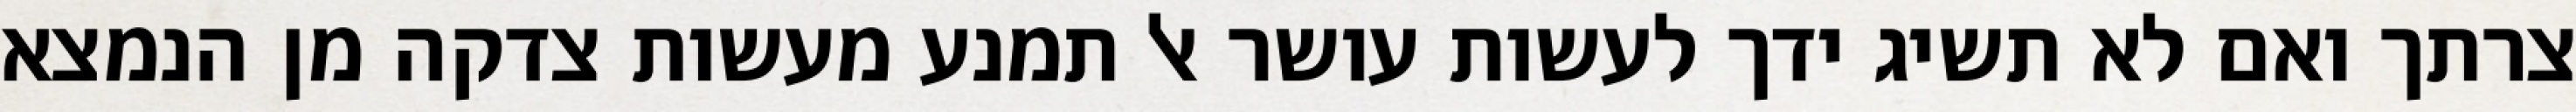
צרתך ואם לא תשיג ידך לעשות עושר אל תמנע מעשות צדקה מן הנמצא